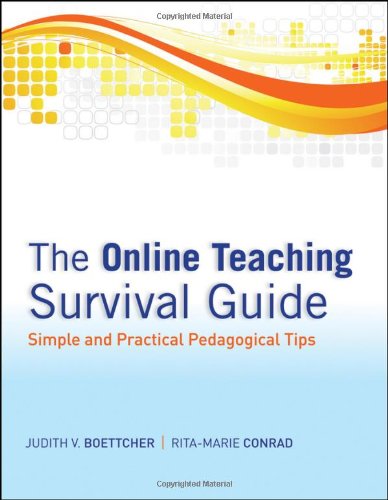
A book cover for The Online Teaching Survival Guide: Simple and Practical Pedagogical Tips; Judith V. Boettcher; Education & Teaching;